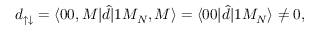
d _ { \uparrow \downarrow } = \langle 0 0 , M | \hat { d } | 1 M _ { N } , M \rangle = \langle 0 0 | \hat { d } | 1 M _ { N } \rangle \ne 0 ,